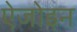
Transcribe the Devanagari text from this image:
ऐजोइन